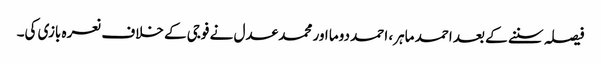
فیصلہ سننے کے بعد احمد ماہر، احمد دوما اور محمد عدل نے فوجی کے خلاف نعرہ بازی کی۔